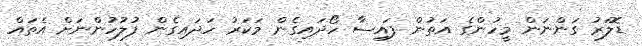
ޑޮލަރު ގަންނަން މީހުންގެ އަތުން ފައިސާ ހޯދައިގެން މަކަރު ހަދައިގެން ފުލުހުންނަށް އެތައް